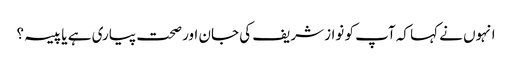
انہوں نے کہا کہ آپ کو نواز شریف کی جان اور صحت پیاری ہے یا پیسہ؟